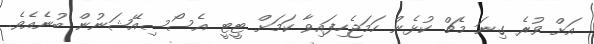
އަށް ވުރެ ގިނަ މެޗް ކުޅެން ހަމަޖެހިފައިވާ ކަމަށް ޓީޓީ އެސޯސިއޭޝަނުން ބުނެއެވެ.